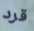
قرد